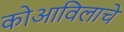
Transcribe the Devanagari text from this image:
कोआविलाचे